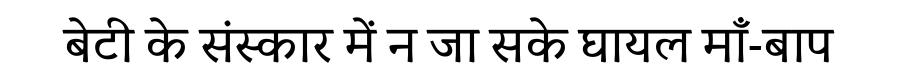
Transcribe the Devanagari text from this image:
बेटी के संस्कार में न जा सके घायल माँ-बाप